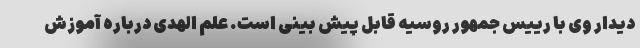
دیدار وی با رییس جمهور روسیه قابل پیش بینی است. علم الهدی درباره آموزش